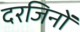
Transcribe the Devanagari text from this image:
दरजिनों